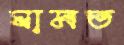
ঘামত